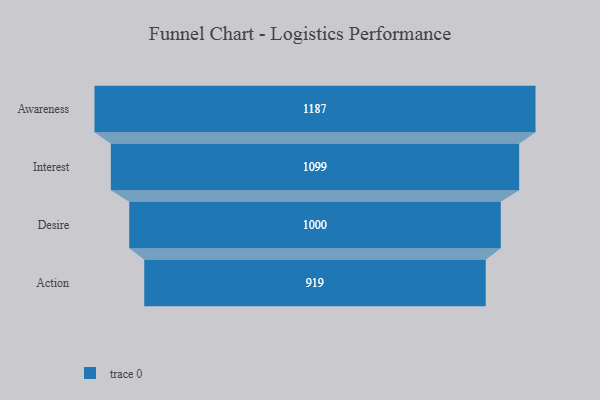
{"axis": {"x": "Stage", "y": "Value"}, "legend": [""], "data": [{"x": "Awareness", "y": 1187.0, "type": ""}, {"x": "Interest", "y": 1099.0, "type": ""}, {"x": "Desire", "y": 1000.0, "type": ""}, {"x": "Action", "y": 919.0, "type": ""}]}